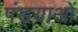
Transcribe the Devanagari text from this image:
पंड्याओं